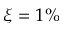
\xi = 1 \%